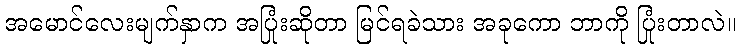
အမောင်လေးမျက်နှာက အပြုံးဆိုတာ မြင်ရခဲသား အခုကော ဘာကို ပြုံးတာလဲ။